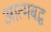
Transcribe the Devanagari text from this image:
आत्मबद्ध